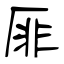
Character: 厞